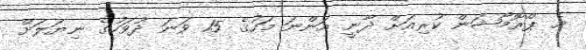
އެ ޕްރޮމޯޝަން ކުރިއަށް ދާނީ އަންނަ މަހުގެ 15 ވަނަ ދުވަހުގެ ނިޔަލަށް